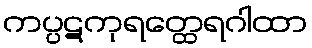
ကပ္ပဋကုရတ္ထေရဂါထာ